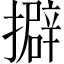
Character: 擗